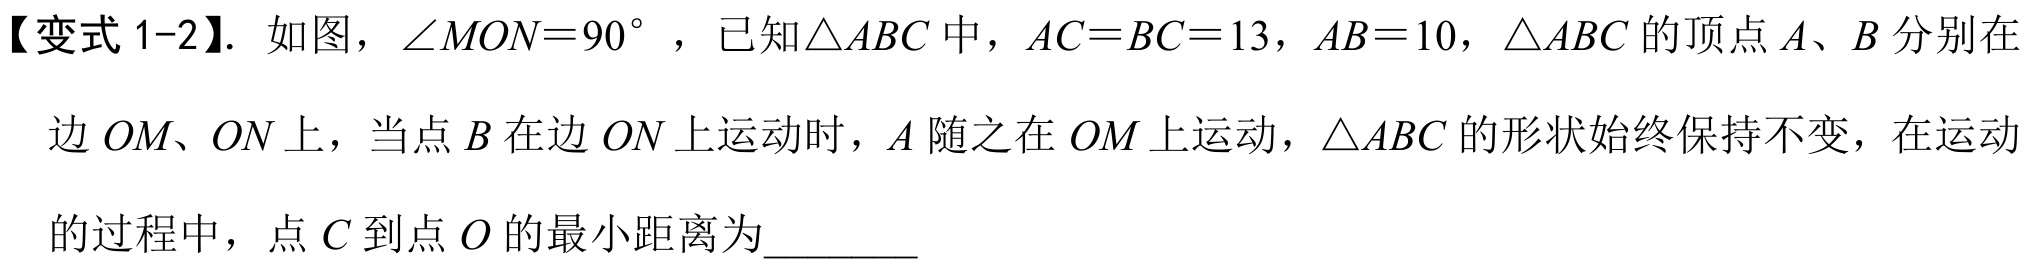
【变式1-2】. 如图，$\angle MON = 90^{\circ}$，已知$\triangle ABC$中，$AC = BC = 13$，$AB = 10$，$\triangle ABC$的顶点$A、B$分别在边$OM、ON$上，当点$B$在边$ON$上运动时，$A$随之在$OM$上运动，$\triangle ABC$的形状始终保持不变，在运动的过程中，点$C$到点$O$的最小距离为________